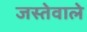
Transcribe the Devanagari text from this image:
जस्तेवाले